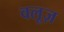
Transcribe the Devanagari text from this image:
वलूज़